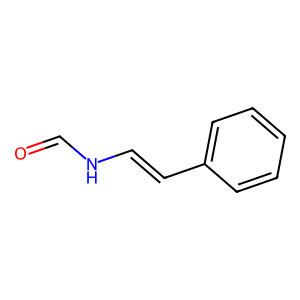
SMILES: O=CNC=Cc1ccccc1
Inhibits HIV replication: No